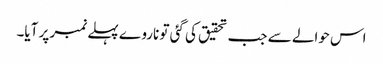
اس حوالے سے جب تحقیق کی گئی تو ناروے پہلے نمبر پر آیا۔